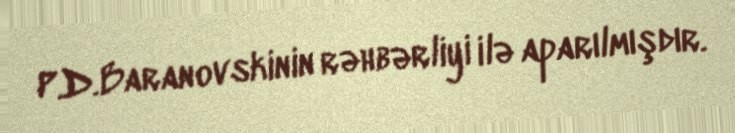
P.D.Baranovskinin rəhbərliyi ilə aparılmışdır.